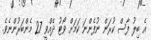
އެ ބިލު ފާސް ކުރަން ނުފެންނަ ކަމަށް ވޯޓު ދެއްވީ 27 މެންބަރުންނެވެ.